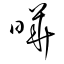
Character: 曄